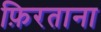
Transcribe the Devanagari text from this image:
फ़िरताना